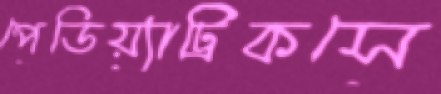
পেডিয়্যাট্রিকসে